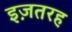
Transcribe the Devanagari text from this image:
इज़तरह